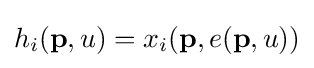
h_{i}(\mathbf {p} ,u)=x_{i}(\mathbf {p} ,e(\mathbf {p} ,u))